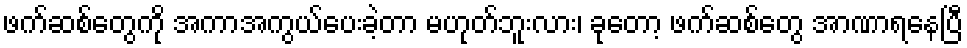
ဖက်ဆစ်တွေကို အကာအကွယ်ပေးခဲ့တာ မဟုတ်ဘူးလား၊ ခုတော့ ဖက်ဆစ်တွေ အာဏာရနေပြီ